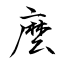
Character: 麼